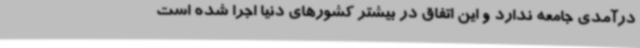
درآمدی جامعه ندارد و این اتفاق در بیشتر کشورهای دنیا اجرا شده است